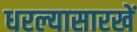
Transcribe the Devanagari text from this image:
धरल्यासारखें